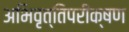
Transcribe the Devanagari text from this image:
अभिवृत्तिपरीक्षण